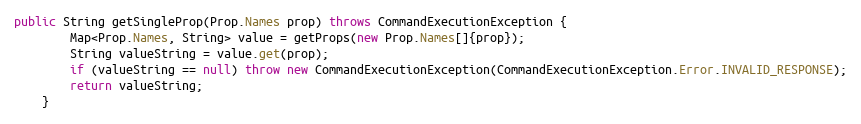
Language: Java
public String getSingleProp(Prop.Names prop) throws CommandExecutionException {
        Map<Prop.Names, String> value = getProps(new Prop.Names[]{prop});
        String valueString = value.get(prop);
        if (valueString == null) throw new CommandExecutionException(CommandExecutionException.Error.INVALID_RESPONSE);
        return valueString;
    }